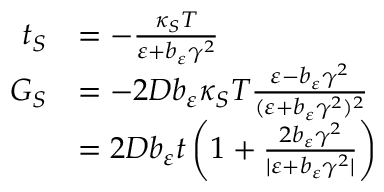
\begin{array} { r l } { t _ { S } } & { = - \frac { \kappa _ { S } T } { \varepsilon + b _ { \varepsilon } \gamma ^ { 2 } } } \\ { G _ { S } } & { = - 2 D b _ { \varepsilon } \kappa _ { S } T \frac { \varepsilon - b _ { \varepsilon } \gamma ^ { 2 } } { ( \varepsilon + b _ { \varepsilon } \gamma ^ { 2 } ) ^ { 2 } } } \\ & { = 2 D b _ { \varepsilon } t \left( 1 + \frac { 2 b _ { \varepsilon } \gamma ^ { 2 } } { \vert \varepsilon + b _ { \varepsilon } \gamma ^ { 2 } \vert } \right) } \end{array}